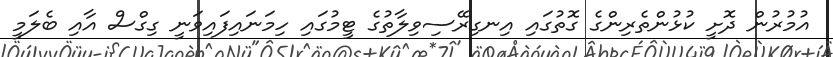
އުމުރުން ދޮށީ ކުޅުންތެރިންގެ ގޮތުގައި އިނގިރޭސިވިލާތުގެ ޓީމުގައި ހިމަނައިފައިވަނީ ގިގްސް އާއި ބެލަމީ